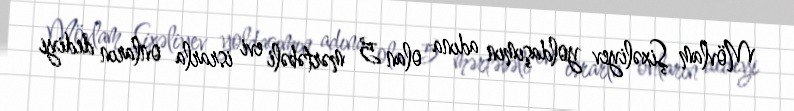
Mövlam Şixəliyev yoldaşımın adına olan 5 mərtəbəli evi israrla onların dediyi